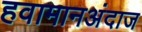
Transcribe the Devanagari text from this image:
हवामानअंदाज